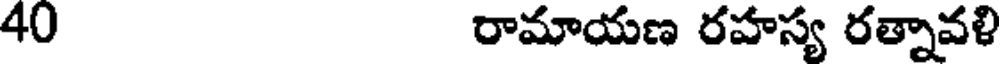
40 రామాయణ రహస్య రత్నావళి